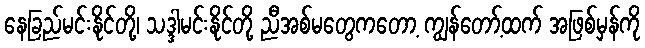
နေခြည်မင်းနိုင်တို့၊ သဒ္ဒါမင်းနိုင်တို့ ညီအစ်မတွေကတော့ ကျွန်တော့်ထက် အဖြစ်မှန်ကို